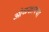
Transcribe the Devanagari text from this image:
ओळखायचा